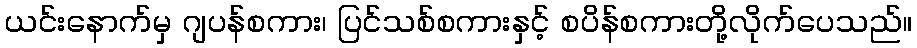
ယင်းနောက်မှ ဂျပန်စကား၊ ပြင်သစ်စကားနှင့် စပိန်စကားတို့လိုက်ပေသည်။